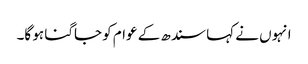
انہوں نے کہا سندھ کے عوام کو جاگنا ہو گا۔